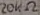
Text: 20KΩ